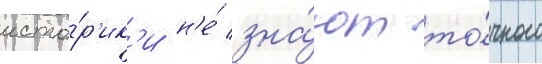
исто́р'ик'и н'е́ зна́ют то́чного